Vaccination United Provinces of Agra and Oudh 1914-1922 - 1914-1922
Year: 1914
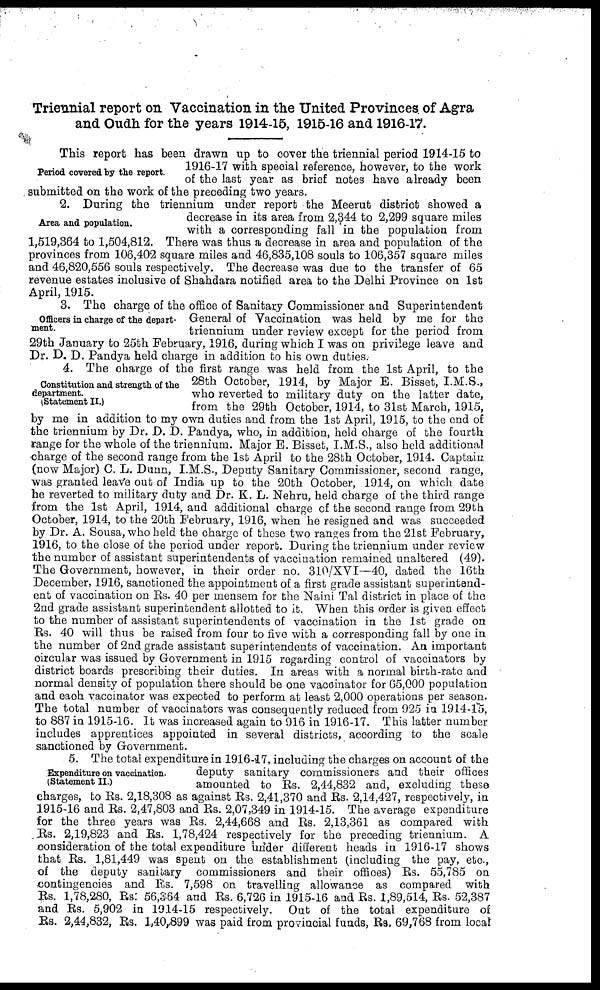
Triennial report on Vaccination in the United Provinces of Agra
and Oudh for the years 1914-15, 1915-16 and 1916-17.
Period covered by the report.
This report has been drawn up to cover the triennial period 1914-15 to
1916-17 with special reference, however, to the work
of the last year as brief notes have already been
submitted on the work of the preceding two years.
Area and population.
2. During the triennium under report the Meerut district showed a
decrease in its area from 2,344 to 2,299 square miles
with a corresponding fall in the population from
1,519,364 to 1,504,812. There was thus a decrease in area and population of the
provinces from 106,402 square miles and 46,835,108 souls to 106,357 square miles
and 46,820,556 souls respectively. The decrease was due to the transfer of 65
revenue estates inclusive of Shahdara notified area to the Delhi Province on 1st
April, 1915.
Officers in charge of the depart-
ment.
3. The charge of the office of Sanitary Commissioner and Superintendent
General of Vaccination was held by me for the
triennium under review except for the period from
29th January to 25th February, 1916, during which I was on privilege leave and
Dr. D. D. Pandya held charge in addition to his own duties.
Constitution and strength of the
department.
(Statement II.)
4. The charge of the first range was held from the 1st April, to the
28th October, 1914, by Major E. Bisset, I.M.S.,
who reverted to military duty on the latter date,
from the 29th October, 1914, to 31st March, 1915,
by me in addition to my own duties and from the 1st April, 1915, to the end of
the triennium by Dr. D. D. Pandya, who, in addition, held charge of the fourth
range for the whole of the triennium. Major E. Bisset, I.M.S., also held additional
charge of the second range from the 1st April to the 28th October, 1914. Captain
(now Major) C. L. Dunn, I.M.S., Deputy Sanitary Commissioner, second range,
was granted leave out of India up to the 20th October, 1914, on which date
he reverted to military duty and Dr. K. L. Nehru, held charge of the third range
from the 1st April, 1914, and additional charge of the second range from 29th
October, 1914, to the 20th February, 1916, when he resigned and was succeeded
by Dr. A. Sousa, who held the charge of these two ranges from the 21st February,
1916, to the close of the period under report. During the triennium under review
the number of assistant superintendents of vaccination remained unaltered (49).
The Government, however, in their order no. 310/XVI—40, dated the 16th
December, 1916, sanctioned the appointment of a first grade assistant superintend-
ent of vaccination on Rs. 40 per mensem for the Naini Tal district in place of the
2nd grade assistant superintendent allotted to it. When this order is given effect
to the number of assistant superintendents of vaccination in the 1st grade on
Rs. 40 will thus be raised from four to five with a corresponding fall by one in
the number of 2nd grade assistant superintendents of vaccination. An important
circular was issued by Government in 1915 regarding control of vaccinators by
district boards prescribing their duties. In areas with a normal birth-rate and
normal density of population there should be one vaccinator for 65,000 population
and each vaccinator was expected to perform at least 2,000 operations per season.
The total number of vaccinators was consequently reduced from 925 in 1914-15,
to 887 in 1915-16. It was increased again to 916 in 1916-17. This latter number
includes apprentices appointed in several districts, according to the scale
sanctioned by Government.
Expenditure on vaccination.
(Statement II.)
5. The total expenditure in 1916-17, including the charges on account of the
deputy sanitary commissioners and their offices
amounted to Rs. 2,44,832 and, excluding these
charges, to Rs. 2,18,308 as against Rs. 2,41,370 and Rs. 2,14,427, respectively, in
1915-16 and Rs. 2,47,803 and Rs. 2,07,349 in 1914-15. The average expenditure
for the three years was Rs. 2,44,668 and Rs. 2,13,361 as compared with
Rs. 2,19,823 and Rs. 1,78,424 respectively for the preceding triennium. A
consideration of the total expenditure under different heads in 1916-17 shows
that Rs. 1,81,449 was spent on the establishment (including the pay, etc.,
of the deputy sanitary commissioners and their offices) Rs. 55,785 on
contingencies and Rs. 7,598 on travelling allowance as compared with
Rs. 1,78,280, Rs. 56,364 and Rs. 6,726 in 1915-16 and Rs. 1,89,514, Rs. 52,387
and Rs. 5,902 in 1914-15 respectively. Out of the total expenditure of
Rs. 2,44,832, Rs. 1,40,899 was paid from provincial funds, Rs. 69,768 from local